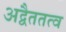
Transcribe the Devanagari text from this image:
अद्वैततत्व